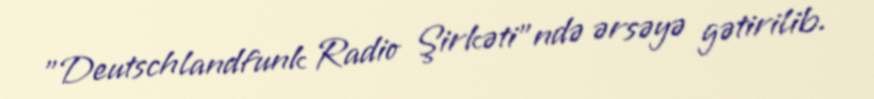
"Deutschlandfunk Radio Şirkəti"ndə ərsəyə gətirilib.